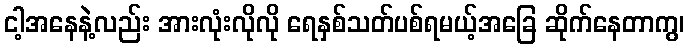
ငါ့အနေနဲ့လည်း အားလုံးလိုလို ရေနှစ်သတ်ပစ်ရမယ့်အခြေ ဆိုက်နေတာကွ၊